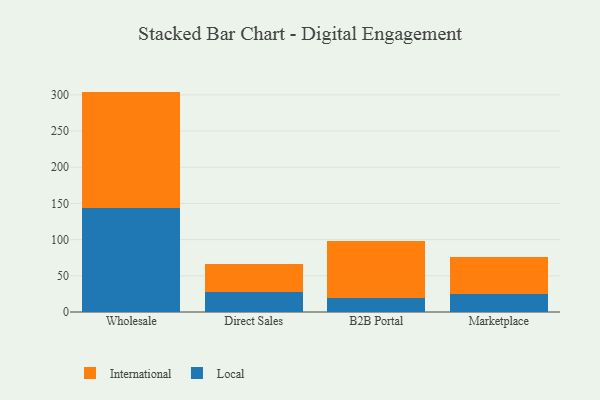
{"axis": {"x": "Channel", "y": "Backlog"}, "legend": ["International", "Local"], "data": [{"x": "Wholesale", "y": 144.1, "type": "Local"}, {"x": "Wholesale", "y": 160.4, "type": "International"}, {"x": "Direct Sales", "y": 27.9, "type": "Local"}, {"x": "Direct Sales", "y": 38.1, "type": "International"}, {"x": "B2B Portal", "y": 19.2, "type": "Local"}, {"x": "B2B Portal", "y": 79.1, "type": "International"}, {"x": "Marketplace", "y": 24.9, "type": "Local"}, {"x": "Marketplace", "y": 50.8, "type": "International"}]}